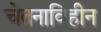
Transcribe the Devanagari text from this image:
चेतनाविहीन